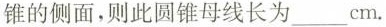
锥的侧面，则此圆锥母线长为___ cm.